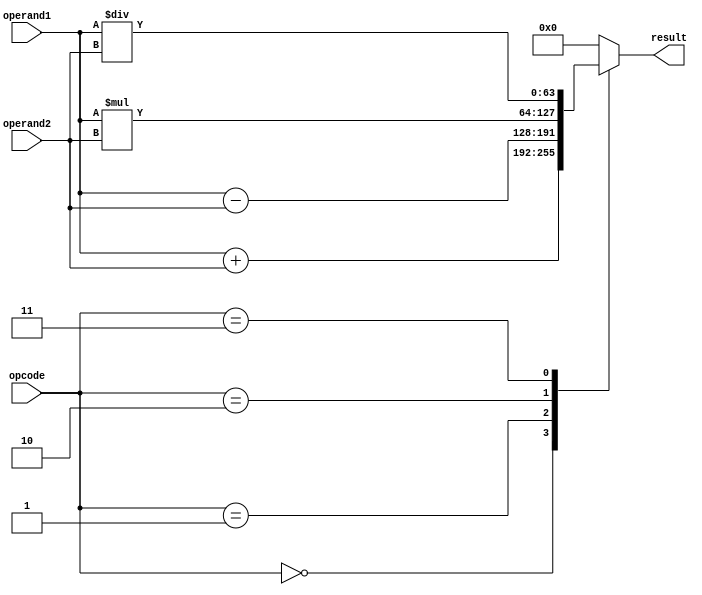
module DoublePrecisionFloatingPointUnit (
    input wire [63:0] operand1,
    input wire [63:0] operand2,
    input wire [3:0] opcode,
    output wire [63:0] result
);

reg [63:0] result;

always @(*) begin
    case(opcode)
        4'b0000: result = operand1 + operand2; // Addition
        4'b0001: result = operand1 - operand2; // Subtraction
        4'b0010: result = operand1 * operand2; // Multiplication
        4'b0011: result = operand1 / operand2; // Division
        default: result = 64'b0; // Invalid operation
    endcase
end

endmodule